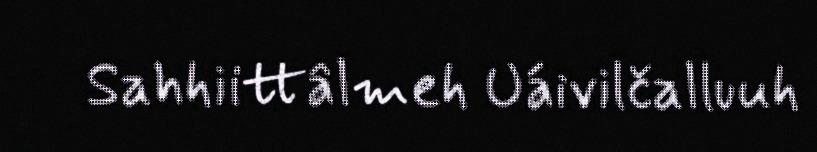
Sahhiittâlmeh Uáivilčalluuh